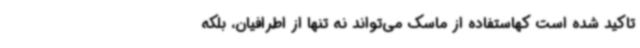
تاکید شده است کهاستفاده از ماسک می‌تواند نه تنها از اطرافیان، بلکه